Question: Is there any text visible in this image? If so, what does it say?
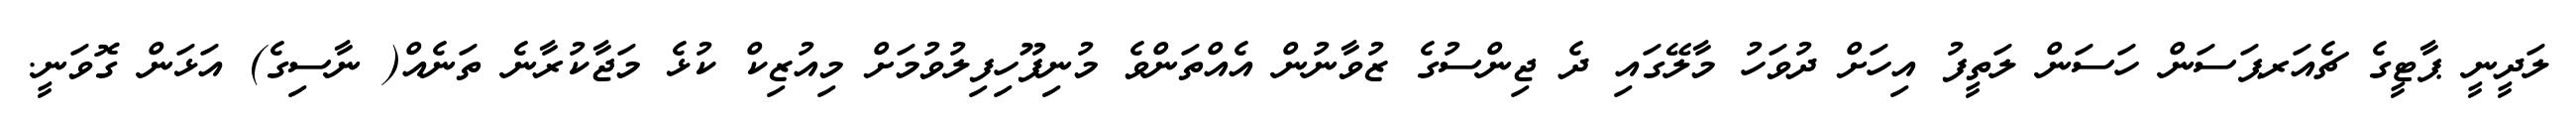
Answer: ލަދީނީ ޕާޓީގެ ޗެއަރޕަސަން ހަސަން ލަތީފު އިހަށް ދުވަހު މާލޭގައި ދެ ޖިންސުގެ ޒުވާނުން އެއްތަންވެ މުނިފޫހިފިލުވުމަށް މިއުޒިކް ކުޅެ މަޖާކުރާނެ ތަނެއް( ނާސިގެ) އަޅަން ގޮވަނީ.